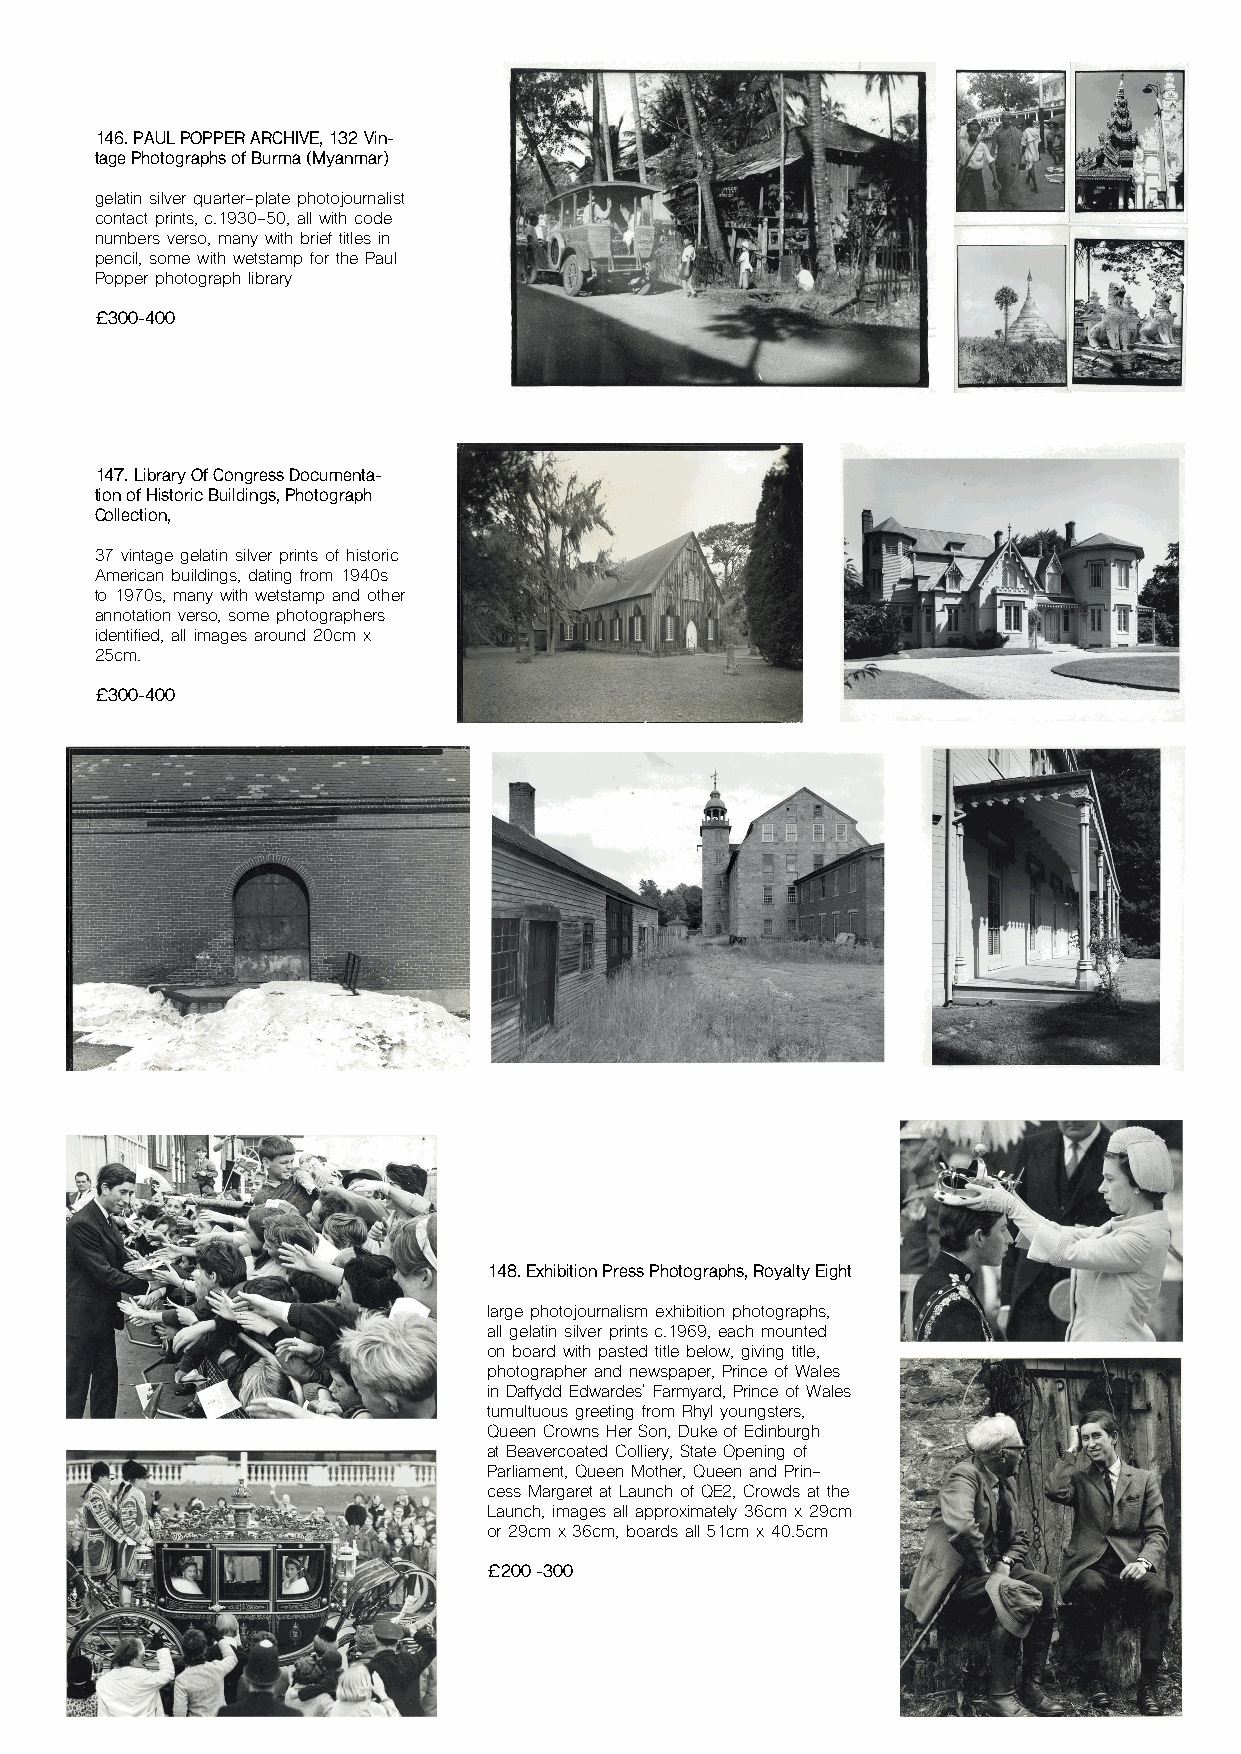
146. PAUL POPPER ARCHIVE, 132 Vin-
 tage Photographs of Burma (Myanmar)
 gelatin silver quarter-plate photojournalist
 contact prints, c.1930-50, all with code
 numbers verso, many with brief titles in
 pencil, some with wetstamp for the Paul
 Popper photograph library
 £300-400
 147. Library Of Congress Documenta-
 tion of Historic Buildings, Photograph
 Collection,
 37 vintage gelatin silver prints of historic
 American buildings, dating from 1940s
 to 1970s, many with wetstamp and other
 annotation verso, some photographers
 identified, all images around 20cm x
 25cm.
 £300-400
 148. Exhibition Press Photographs, Royalty Eight
 large photojournalism exhibition photographs,
 all gelatin silver prints c.1969, each mounted
 on board with pasted title below, giving title,
 photographer and newspaper, Prince of Wales
 in Daffydd Edwardes' Farmyard, Prince of Wales
 tumultuous greeting from Rhyl youngsters,
 Queen Crowns Her Son, Duke of Edinburgh
 at Beavercoated Colliery, State Opening of
 Parliament, Queen Mother, Queen and Prin-
 cess Margaret at Launch of QE2, Crowds at the
 Launch, images all approximately 36cm x 29cm
 or 29cm x 36cm, boards all 51cm x 40.5cm
 £200 -300